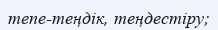
тепе-теңдік, теңдестіру;